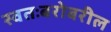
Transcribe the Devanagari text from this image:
स्वतःबरोबरील